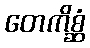
တေကိစ္ဆံ